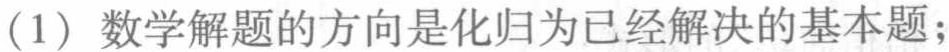
（1）数学解题的方向是化归为已经解决的基本题；